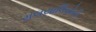
મલયાલિયોની